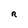
Character: R